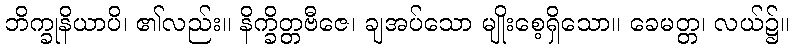
ဘိက္ခုနိယာပိ၊ ၏လည်း။ နိက္ခိတ္တဗီဇေ၊ ချအပ်သော မျိုးစေ့ရှိသော။ ခေမတ္တ၊ လယ်၌။